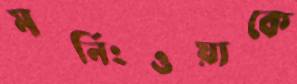
মর্নিংওয়াকে